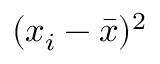
( x _ { i } - { \bar { x } } ) ^ { 2 }